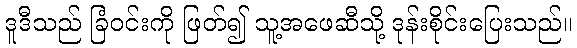
ဒူဒီသည် ခြံဝင်းကို ဖြတ်၍ သူ့အဖေဆီသို့ ဒုန်းစိုင်းပြေးသည်။